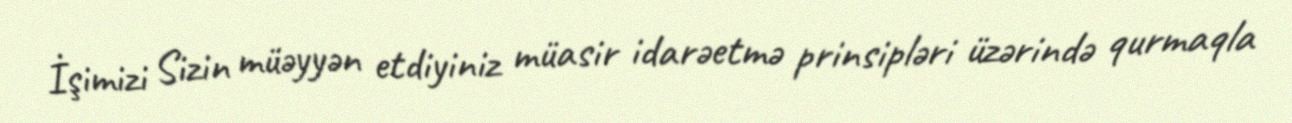
İşimizi Sizin müəyyən etdiyiniz müasir idarəetmə prinsipləri üzərində qurmaqla